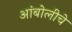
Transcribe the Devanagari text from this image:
आंबोलीचे